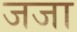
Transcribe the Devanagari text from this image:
जजा